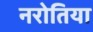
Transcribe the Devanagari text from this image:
नरोतिया